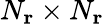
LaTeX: N_{\mathbf{r}}\times N_{\mathbf{r}}